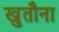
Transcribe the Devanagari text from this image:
खुतौना